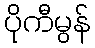
ပိုကီမွန်